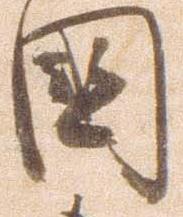
国